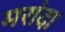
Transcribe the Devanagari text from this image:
मरांदा